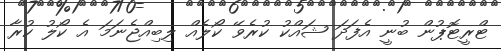
ޓްރީޓޮޕުން ބުނީ އެފަދަ ޝައްކު ކުރެވޭ ކޯލެއް ލިބިއްޖެނަމަ އެ ކޯލު ކުރާ